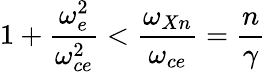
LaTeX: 1+\frac{\omega_{e}^{2}}{\omega_{ce}^{2}}<\frac{\omega_{Xn}}{\omega_{ce}}=\frac{n}{\gamma}